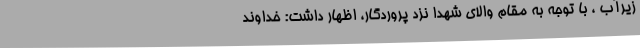
زیرآب ، با توجه به مقام والای شهدا نزد پروردگار، اظهار داشت: خداوند